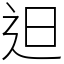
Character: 𨑨